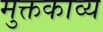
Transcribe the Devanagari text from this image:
मुक्तकाव्य